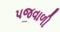
પજવાળી